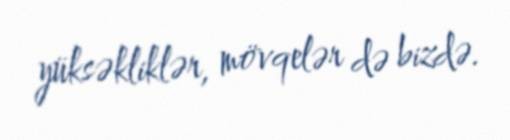
yüksəkliklər, mövqelər də bizdə.